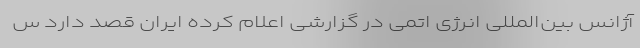
آژانس بین‌المللی انرژی اتمی در گزارشی اعلام کرده ایران قصد دارد س